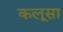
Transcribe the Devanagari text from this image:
कलूसा